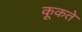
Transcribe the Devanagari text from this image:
कूकते